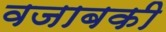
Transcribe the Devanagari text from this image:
वजाबकी